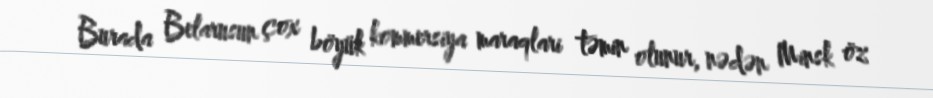
Burada Belarusun çox böyük kommersiya maraqlari təmin olunur, nədən Minsk öz